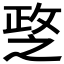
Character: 𢾘